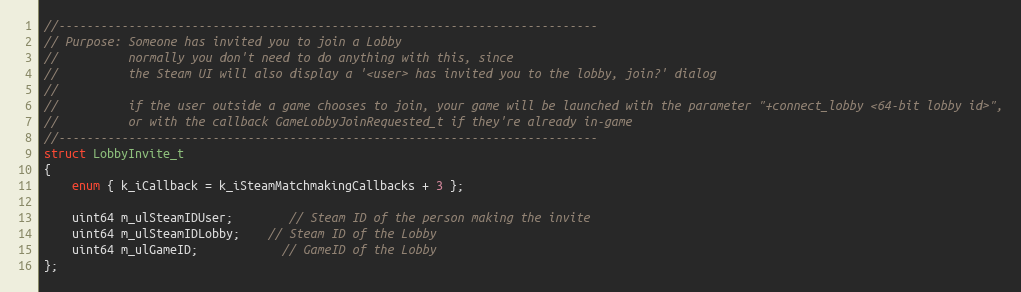
Language: C
//-----------------------------------------------------------------------------
// Purpose: Someone has invited you to join a Lobby
//			normally you don't need to do anything with this, since
//			the Steam UI will also display a '<user> has invited you to the lobby, join?' dialog
//
//			if the user outside a game chooses to join, your game will be launched with the parameter "+connect_lobby <64-bit lobby id>",
//			or with the callback GameLobbyJoinRequested_t if they're already in-game
//-----------------------------------------------------------------------------
struct LobbyInvite_t
{
	enum { k_iCallback = k_iSteamMatchmakingCallbacks + 3 };

	uint64 m_ulSteamIDUser;		// Steam ID of the person making the invite
	uint64 m_ulSteamIDLobby;	// Steam ID of the Lobby
	uint64 m_ulGameID;			// GameID of the Lobby
};